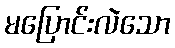
မပြောင်းလဲသော